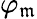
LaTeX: \varphi_{\mathfrak{m}}